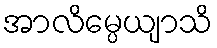
အာလိမ္ပေယျာသိ